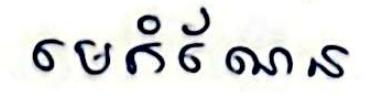
មេកំណែន